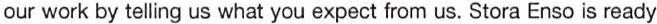
our work by telling us what you expect from us. Stora Enso is ready